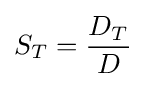
S_{T}={\frac {D_{T}}{D}}